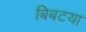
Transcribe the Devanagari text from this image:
बिबटया